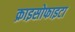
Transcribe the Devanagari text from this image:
क्राइसोफाइटा